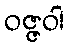
ဝဇ္ဇဝါ